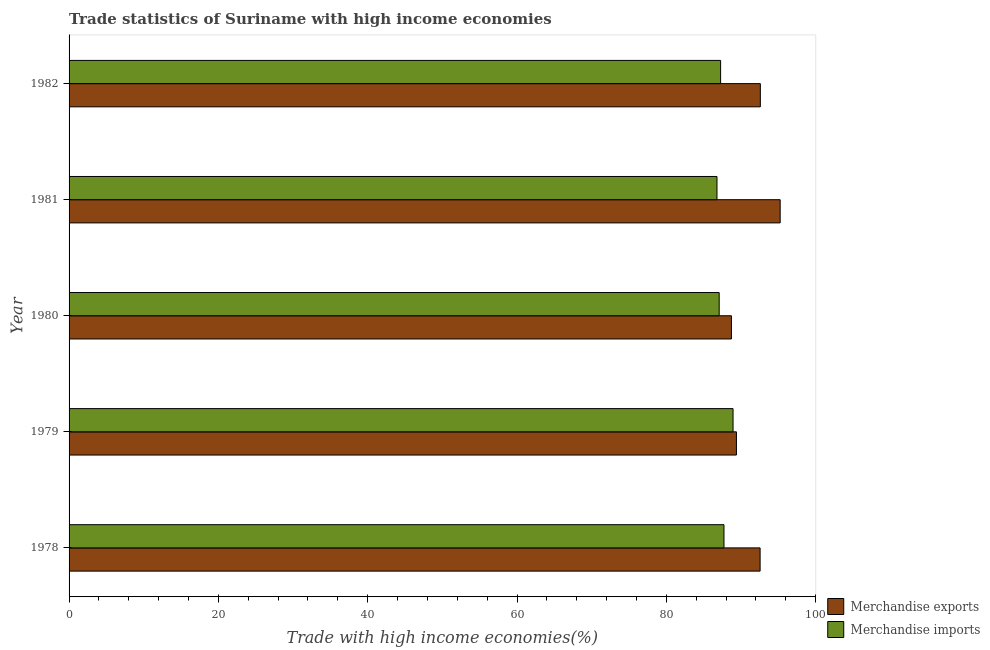
| Year | Merchandise exports | Merchandise imports |
 | --- | --- | --- |
 | 1978 | 92.6 | 87.7 |
 | 1979 | 89.4 | 88.9 |
 | 1980 | 88.7 | 87.1 |
 | 1981 | 95.2 | 86.8 |
 | 1982 | 92.6 | 87.3 |